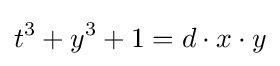
t^{3}+y^{3}+1=d\cdot x\cdot y